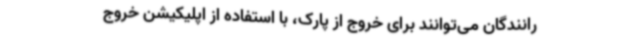
رانندگان می‌توانند برای خروج از پارک، با استفاده از اپلیکیشن خروج